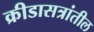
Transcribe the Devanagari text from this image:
क्रीडासत्रांतील